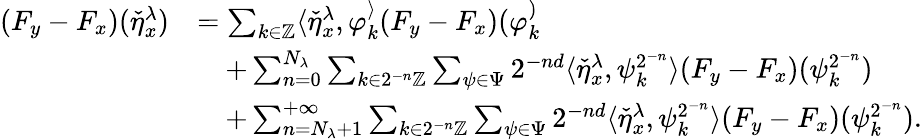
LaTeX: \begin{array}{rl}{(F_{y}-F_{x})(\check{\eta}_{x}^{\lambda})}&{=\sum_{k\in\mathbb{Z}}\langle\check{\eta}_{x}^{\lambda},\varphi_{k}^\rangle(F_{y}-F_{x})(\varphi_{k}^)}\\ &{\quad+\sum_{n=0}^{N_{\lambda}}\sum_{k\in 2^{-n}\mathbb{Z}}\sum_{\psi\in\Psi}2^{-nd}\langle\check{\eta}_{x}^{\lambda},\psi_{k}^{2^{-n}}\rangle(F_{y}-F_{x})(\psi_{k}^{2^{-n}})}\\ &{\quad+\sum_{n=N_{\lambda}+1}^{+\infty}\sum_{k\in 2^{-n}\mathbb{Z}}\sum_{\psi\in\Psi}2^{-nd}\langle\check{\eta}_{x}^{\lambda},\psi_{k}^{2^{-n}}\rangle(F_{y}-F_{x})(\psi_{k}^{2^{-n}}).}\end{array}